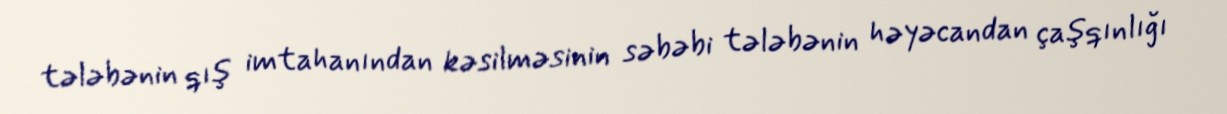
tələbənin qış imtahanından kəsilməsinin səbəbi tələbənin həyəcandan çaşqınlığı